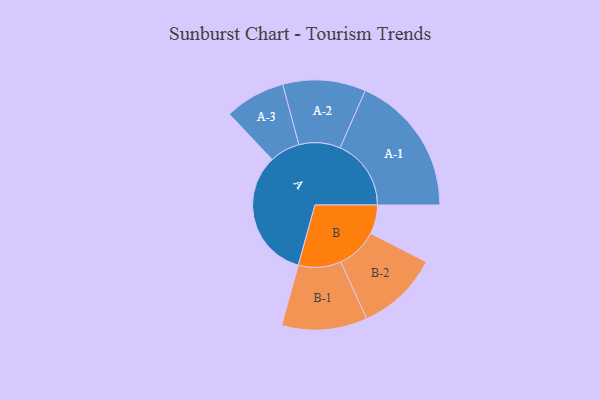
{"axis": {"x": "Segment", "y": "Value"}, "legend": ["", "A", "B"], "data": [{"x": "A", "y": 488, "type": ""}, {"x": "B", "y": 109, "type": ""}, {"x": "A-1", "y": 267, "type": "A"}, {"x": "A-2", "y": 156, "type": "A"}, {"x": "A-3", "y": 114, "type": "A"}, {"x": "B-1", "y": 161, "type": "B"}, {"x": "B-2", "y": 155, "type": "B"}]}